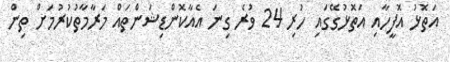
އަތޮޅު އޮފީހާއި އަތޮޅުގޭގައި ހުރި 24 ވުރެ ގިނަ އެއާކޮންޑިޝަންތައް މަރާމާތުކުރުމަށް ތިން